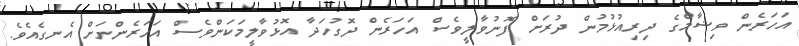
އަހަރެން ވިޝާމްގެ ދިރިއުޅުމުން ދުރަށް ފޮނުވާލީވެސް އަހަރެން ދޮގުހަދާ އޮޅުވާލީމަކަންވެސް އަހަރެންނަށް އެނގެއެވެ.